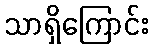
သာရှိကြောင်း